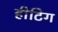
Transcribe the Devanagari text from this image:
हीटिग